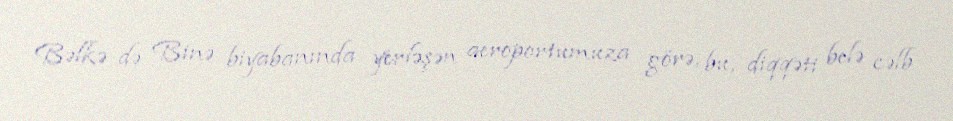
Bəlkə də Binə biyabanında yerləşən aeroportumuza görə, bu, diqqəti belə cəlb